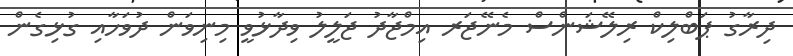
ދިރާގު ޕަބްލިކް ރިލޭޝަންސް މެނޭޖަރ އިމްޖާދު ޖަލީލު ވިދާޅުވީ މިނިވަން ދުވަހާއި ގުޅިގެން